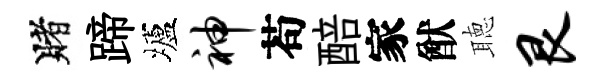
賭蹄壚神苟醅家猷聴艮